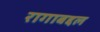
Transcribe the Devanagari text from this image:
रागाबद्दल